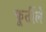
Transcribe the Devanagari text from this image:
फूर्तीले